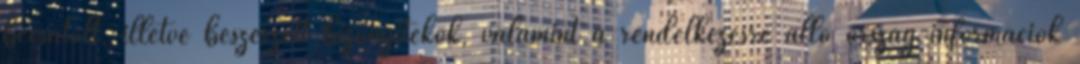
becsatolt, illetve beszerzett bizonyítékok, valamint a rendelkezésre álló ország-információk